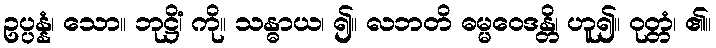
ဥပ္ပန္နံ၊ သော။ ဘုဋ္ဌိံ၊ ကို။ သန္ဓာယ၊ ၍။ လဘတိ ဓမ္မဝေဒန္တိ၊ ဟူ၍။ ဝုတ္တံ၊ ၏။